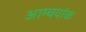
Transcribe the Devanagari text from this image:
आम्चयांकं